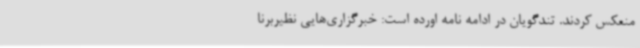
منعکس کردند. تندگویان در ادامه نامه اورده است: خبرگزاری‌هایی نظیربرنا